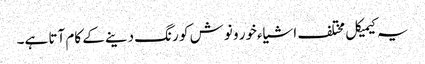
یہ کیمیکل مختلف اشیاءخور و نوش کو رنگ دینے کے کام آتا ہے۔